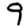
Digit: 9